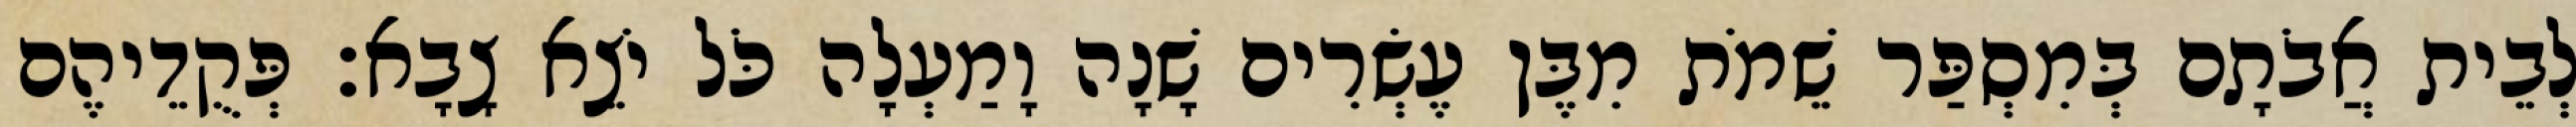
לְבֵית אֲבֹתָם בְּמִסְפַּר שֵׁמֹת מִבֶּן עֶשְׂרִים שָׁנָה וָמַעְלָה כֹּל יֹצֵא צָבָא׃ פְּקֻדֵיהֶם